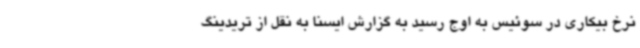
نرخ بیکاری در سوئیس به اوج رسید به گزارش ایسنا به نقل از تریدینگ